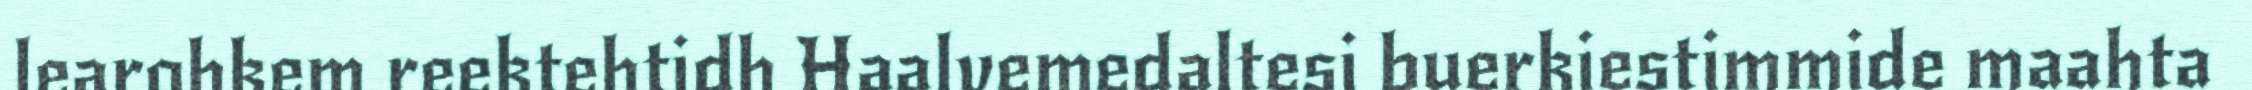
learohkem reektehtidh Haalvemedaltesi buerkiestimmide maahta